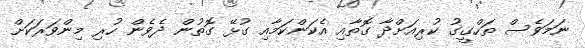
ނަމަވެސް ތަހްގީގު ކުރިއަށްދާ ގޮތާއި އެކަންކަމާއި ގުޅޭ ގޮތުން ދެވެން ހުރި މިންވަރަކަށް